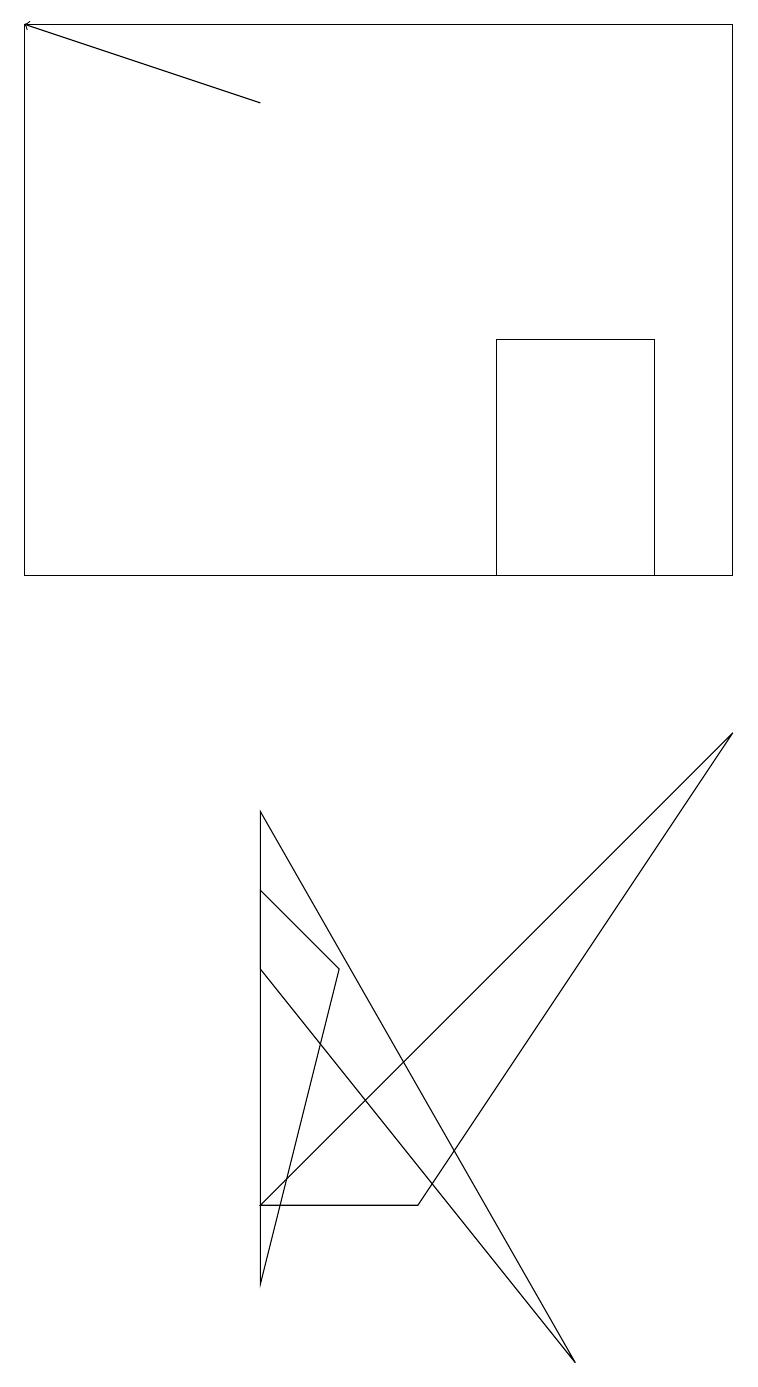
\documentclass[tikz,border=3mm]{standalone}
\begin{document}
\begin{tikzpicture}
\draw (0,11) rectangle (9,18);
\draw[->] (3,17) -- (0,18);
\draw (3,2) -- (4,6) -- (3,7) -- cycle;
\draw (3,3) -- (5,3) -- (9,9) -- cycle;
\draw (7,1) -- (3,6) -- (3,8) -- cycle;
\draw (6,11) rectangle (8,14);
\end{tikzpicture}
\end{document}